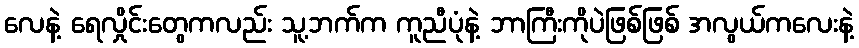
လေနဲ့ ရေလှိုင်းတွေကလည်း သူ့ဘက်က ကူညီပုံနဲ့ ဘာကြီးကိုပဲဖြစ်ဖြစ် အလွယ်ကလေးနဲ့